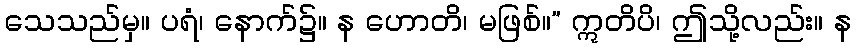
သေသည်မှ။ ပရံ၊ နောက်၌။ န ဟောတိ၊ မဖြစ်။” ဣတိပိ၊ ဤသို့လည်း။ န